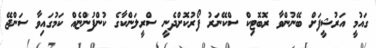
ގައުމީ އަރުޝީފަށް ބޭނުންވާ ރޮބޮޓިކް ސްކޭނަރު ފޯރުކޮށްދެނީ ސްރީލަންކާގެ ކުންފުންޏެއް ކަމުގައިވާ ސަންޖޭ